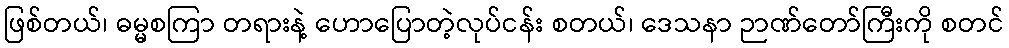
ဖြစ်တယ်၊ ဓမ္မစကြာ တရားနဲ့ ဟောပြောတဲ့လုပ်ငန်း စတယ်၊ ဒေသနာ ဉာဏ်တော်ကြီးကို စတင်